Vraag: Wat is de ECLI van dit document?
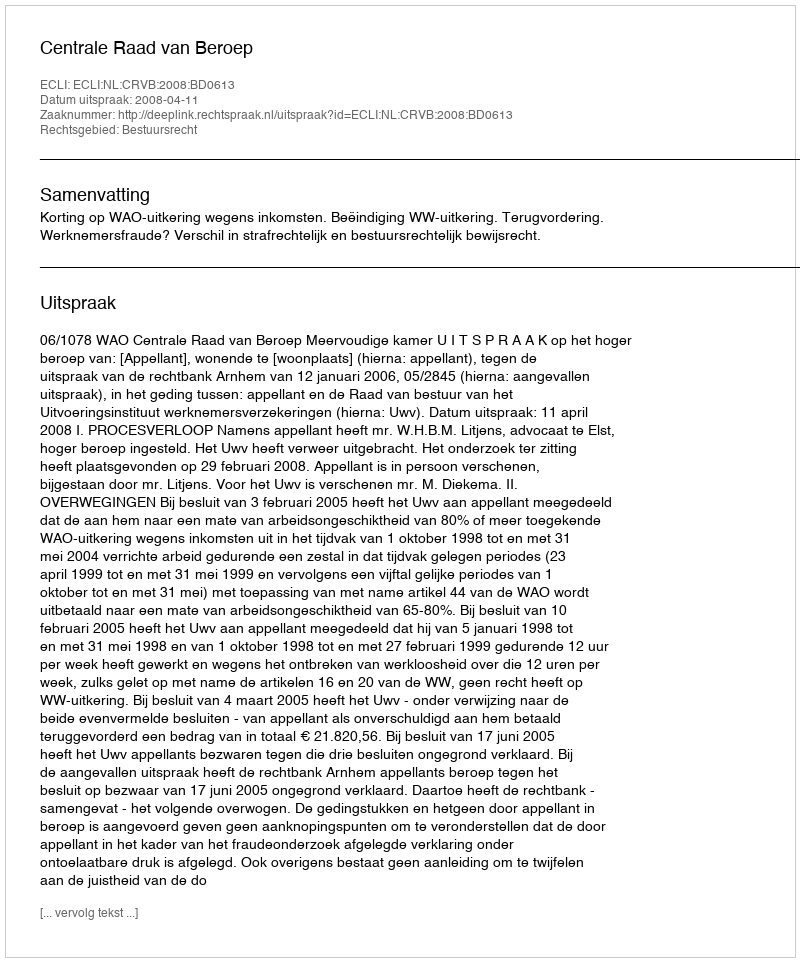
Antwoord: ECLI:NL:CRVB:2008:BD0613